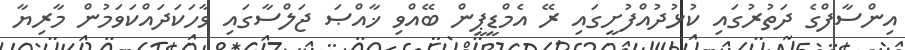
އިންސާފްގެ ދަތުރުގައި ކުޅުދުއްފުށީގައި ރޭ އެމްޑީޕީން ބޭއްވި ޚާއްޞަ ޖަލްސާގައި ވާހަކަދައްކަވަމުން މާރިޔާ